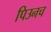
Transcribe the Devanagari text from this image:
पिउनच